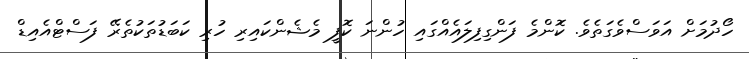
ހޯދުމަށް އަވަސްވެގަތެވެ. ކޮންމެ ފަންގިފިލައެއްގައި ހުންނަ ކޮފީ މެޝެންކައިރި ހުރި ކަބަޑުތަކުތެރޭ ފަސްޓްއެއިޑް